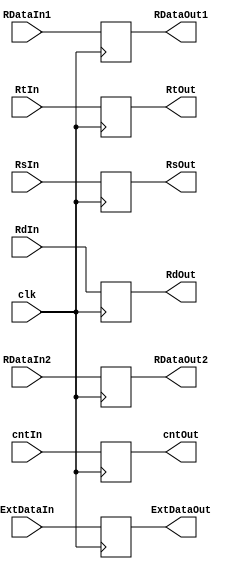
module superReg2(input [8:0]cntIn,input [31:0]RDataIn1,RDataIn2,ExtDataIn,input [4:0]RtIn,RsIn,RdIn,input clk,
  output reg [8:0]cntOut,output reg [31:0]RDataOut1,RDataOut2,ExtDataOut,output reg [4:0]RtOut,RsOut,RdOut);
  always@(posedge clk) begin
    cntOut <= cntIn;
    RDataOut1 <= RDataIn1;
    RDataOut2 <= RDataIn2;
    ExtDataOut <= ExtDataIn;
    RtOut <= RtIn;
    RsOut <= RsIn;
    RdOut <= RdIn;
  end
endmodule